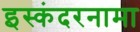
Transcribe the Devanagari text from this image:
इस्कंदरनामा